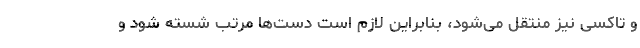
و تاکسی نیز منتقل می‌شود، بنابراین لازم است دست‌ها مرتب شسته شود و